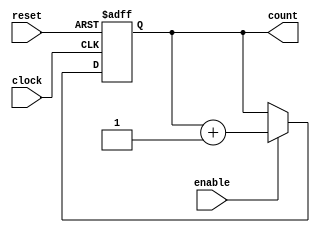
module counter(reset, clock, enable, count);
input reset, clock, enable;
output reg [15:0] count;

always @(posedge clock or posedge reset)
begin
	if(reset)
		count <= 16'b0;
	else if(enable)
		count <= count + 1;
end
endmodule